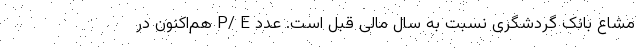
مشاع بانک گردشگری نسبت به سال مالی قبل است. عدد P/ E هم‌اکنون در